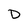
Character: D